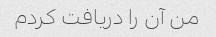
من آن را دریافت کردم